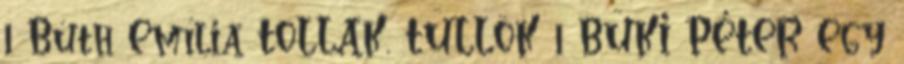
1 Búth Emília TOLLAK, TÜLLÖK 1 BÜKI PÉTER Egy